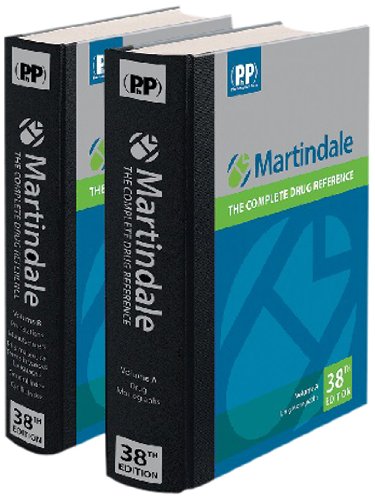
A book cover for Martindale: The Complete Drug Reference; Medical Books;